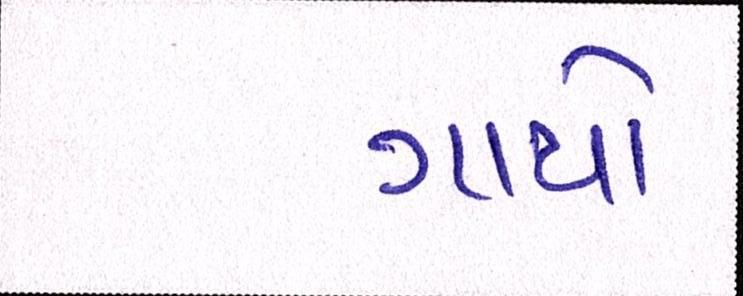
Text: ગાયો